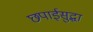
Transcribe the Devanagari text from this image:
छपाईसुद्धा